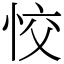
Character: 恔